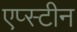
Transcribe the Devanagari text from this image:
एप्स्टीन